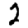
Digit: 2